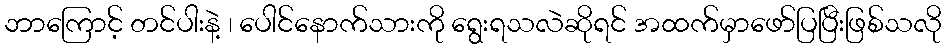
ဘာကြောင့် တင်ပါးနဲ့ ၊ ပေါင်နောက်သားကို ရွေးရသလဲဆိုရင် အထက်မှာဖော်ပြပြီးဖြစ်သလို